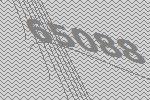
65088